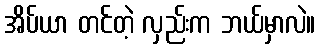
အိပ်ယာ တင်တဲ့ လှည်းက ဘယ်မှာလဲ။